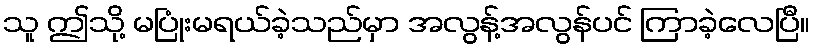
သူ ဤသို့ မပြုံးမရယ်ခဲ့သည်မှာ အလွန့်အလွန်ပင် ကြာခဲ့လေပြီ။